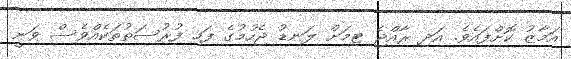
އަމާޒު ކޮށްފައެވެ. އަދި ރާއްޖެ ޓިމަށް ލަނޑު ޖެހުމުގެ ފަހި ފުރުސަތުތަކެއްވެސް ވަނީ